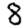
Digit: 8